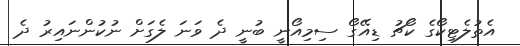
އެތުލެޓިކޯގެ ކޯޗު ޑިއޭގޯ ސިމިއޯނީ ބުނީ ދެ ވަނަ ލެގަށް ނުކުންނައިރު ދެ